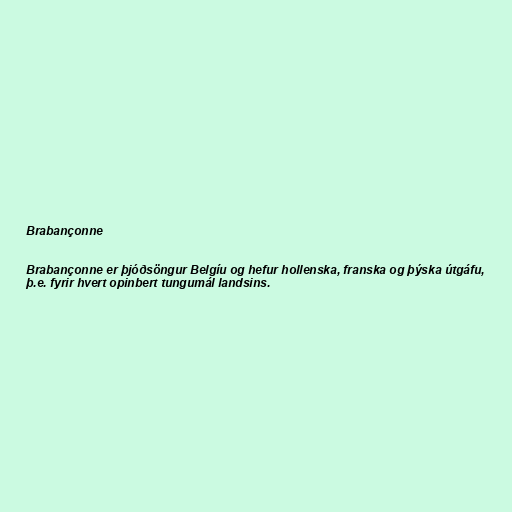
Brabançonne

Brabançonne er þjóðsöngur Belgíu og hefur hollenska, franska og þýska útgáfu,
þ.e. fyrir hvert opinbert tungumál landsins.